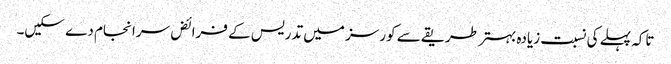
تاکہ پہلے کی نسبت زیادہ بہتر طریقے سے کورسز میں تدریس کے فرائض سرانجام دے سکیں۔